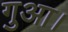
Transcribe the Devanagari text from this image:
गुआ।